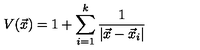
V ( \vec { x } ) = 1 + \sum _ { i = 1 } ^ { k } { \frac { 1 } { | \vec { x } - \vec { x } _ { i } | } }